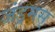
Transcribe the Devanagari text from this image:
जंड्रमस्